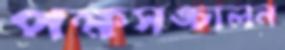
পক্ষসঙ্চালন